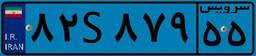
۵۱S۷۳۱۲۸